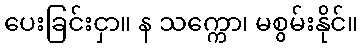
ပေးခြင်းငှာ။ န သက္ကော၊ မစွမ်းနိုင်။